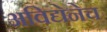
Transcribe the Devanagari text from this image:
अविद्येनेच